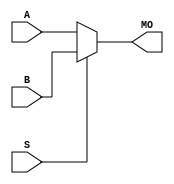
module cyclone_bmux21 (MO, A, B, S);
   input [15:0] A, B;
   input 	S;
   output [15:0] MO; 
   assign MO = (S == 1) ? B : A; 
endmodule